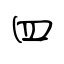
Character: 四